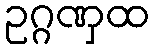
ဥဂ္ဂဏှထ